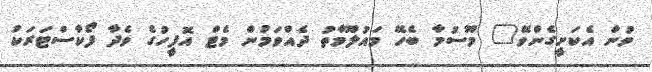
ވުން އެކަށީގެންވޭ" މޫސުމާ ބެހޭ މައުލޫމާތު ދެއްވަމުން މެޓް އޮފީހުގެ ވެދާ ފޯކާސްޓަރަކު